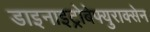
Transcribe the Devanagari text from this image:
डाइनाइट्रोबेफ्युराक्सेन